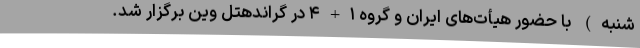
شنبه) با حضور هیأت‌های ایران و گروه ۱+۴ در گراندهتل وین برگزار شد.